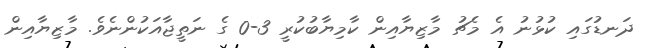
ދަނޑުގައި ކުޅުނު އެ މެޗު މާޒިޔާއިން ކާމިޔާބުކުރީ 3-0 ގެ ނަތީޖާއަކުންނެވެ. މާޒިޔާއިން